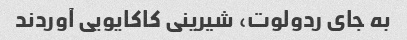
به جای ردولوت، شیرینی کاکایویی آوردند